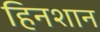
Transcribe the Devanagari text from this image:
हिनशान